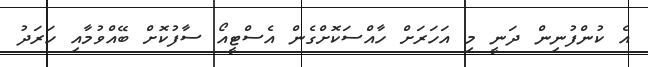
އެ ކުންފުނިން ދަނީ މި އަހަރަށް ހާއްސަކޮށްގެން އެސްޓީއޯ ސާފުކޮށް ބޭއްވުމާއި ހަރަދު